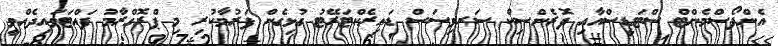
އެންފޯސްމެންޓް ސްޓަޑީސްއާއި ފޮރެންސިކް ސަރވިސަސް ޑައިރެކްޓަރޭޓު ގުޅިގެން ފަރުމާކުރި މި ޕްރޮގްރާމު ފައްޓަވައިދެއްވީ